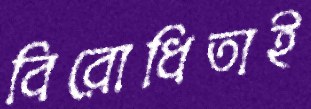
বিরোধিতাই